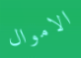
الاموال